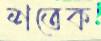
শতেক